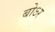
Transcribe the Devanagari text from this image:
बोऽर